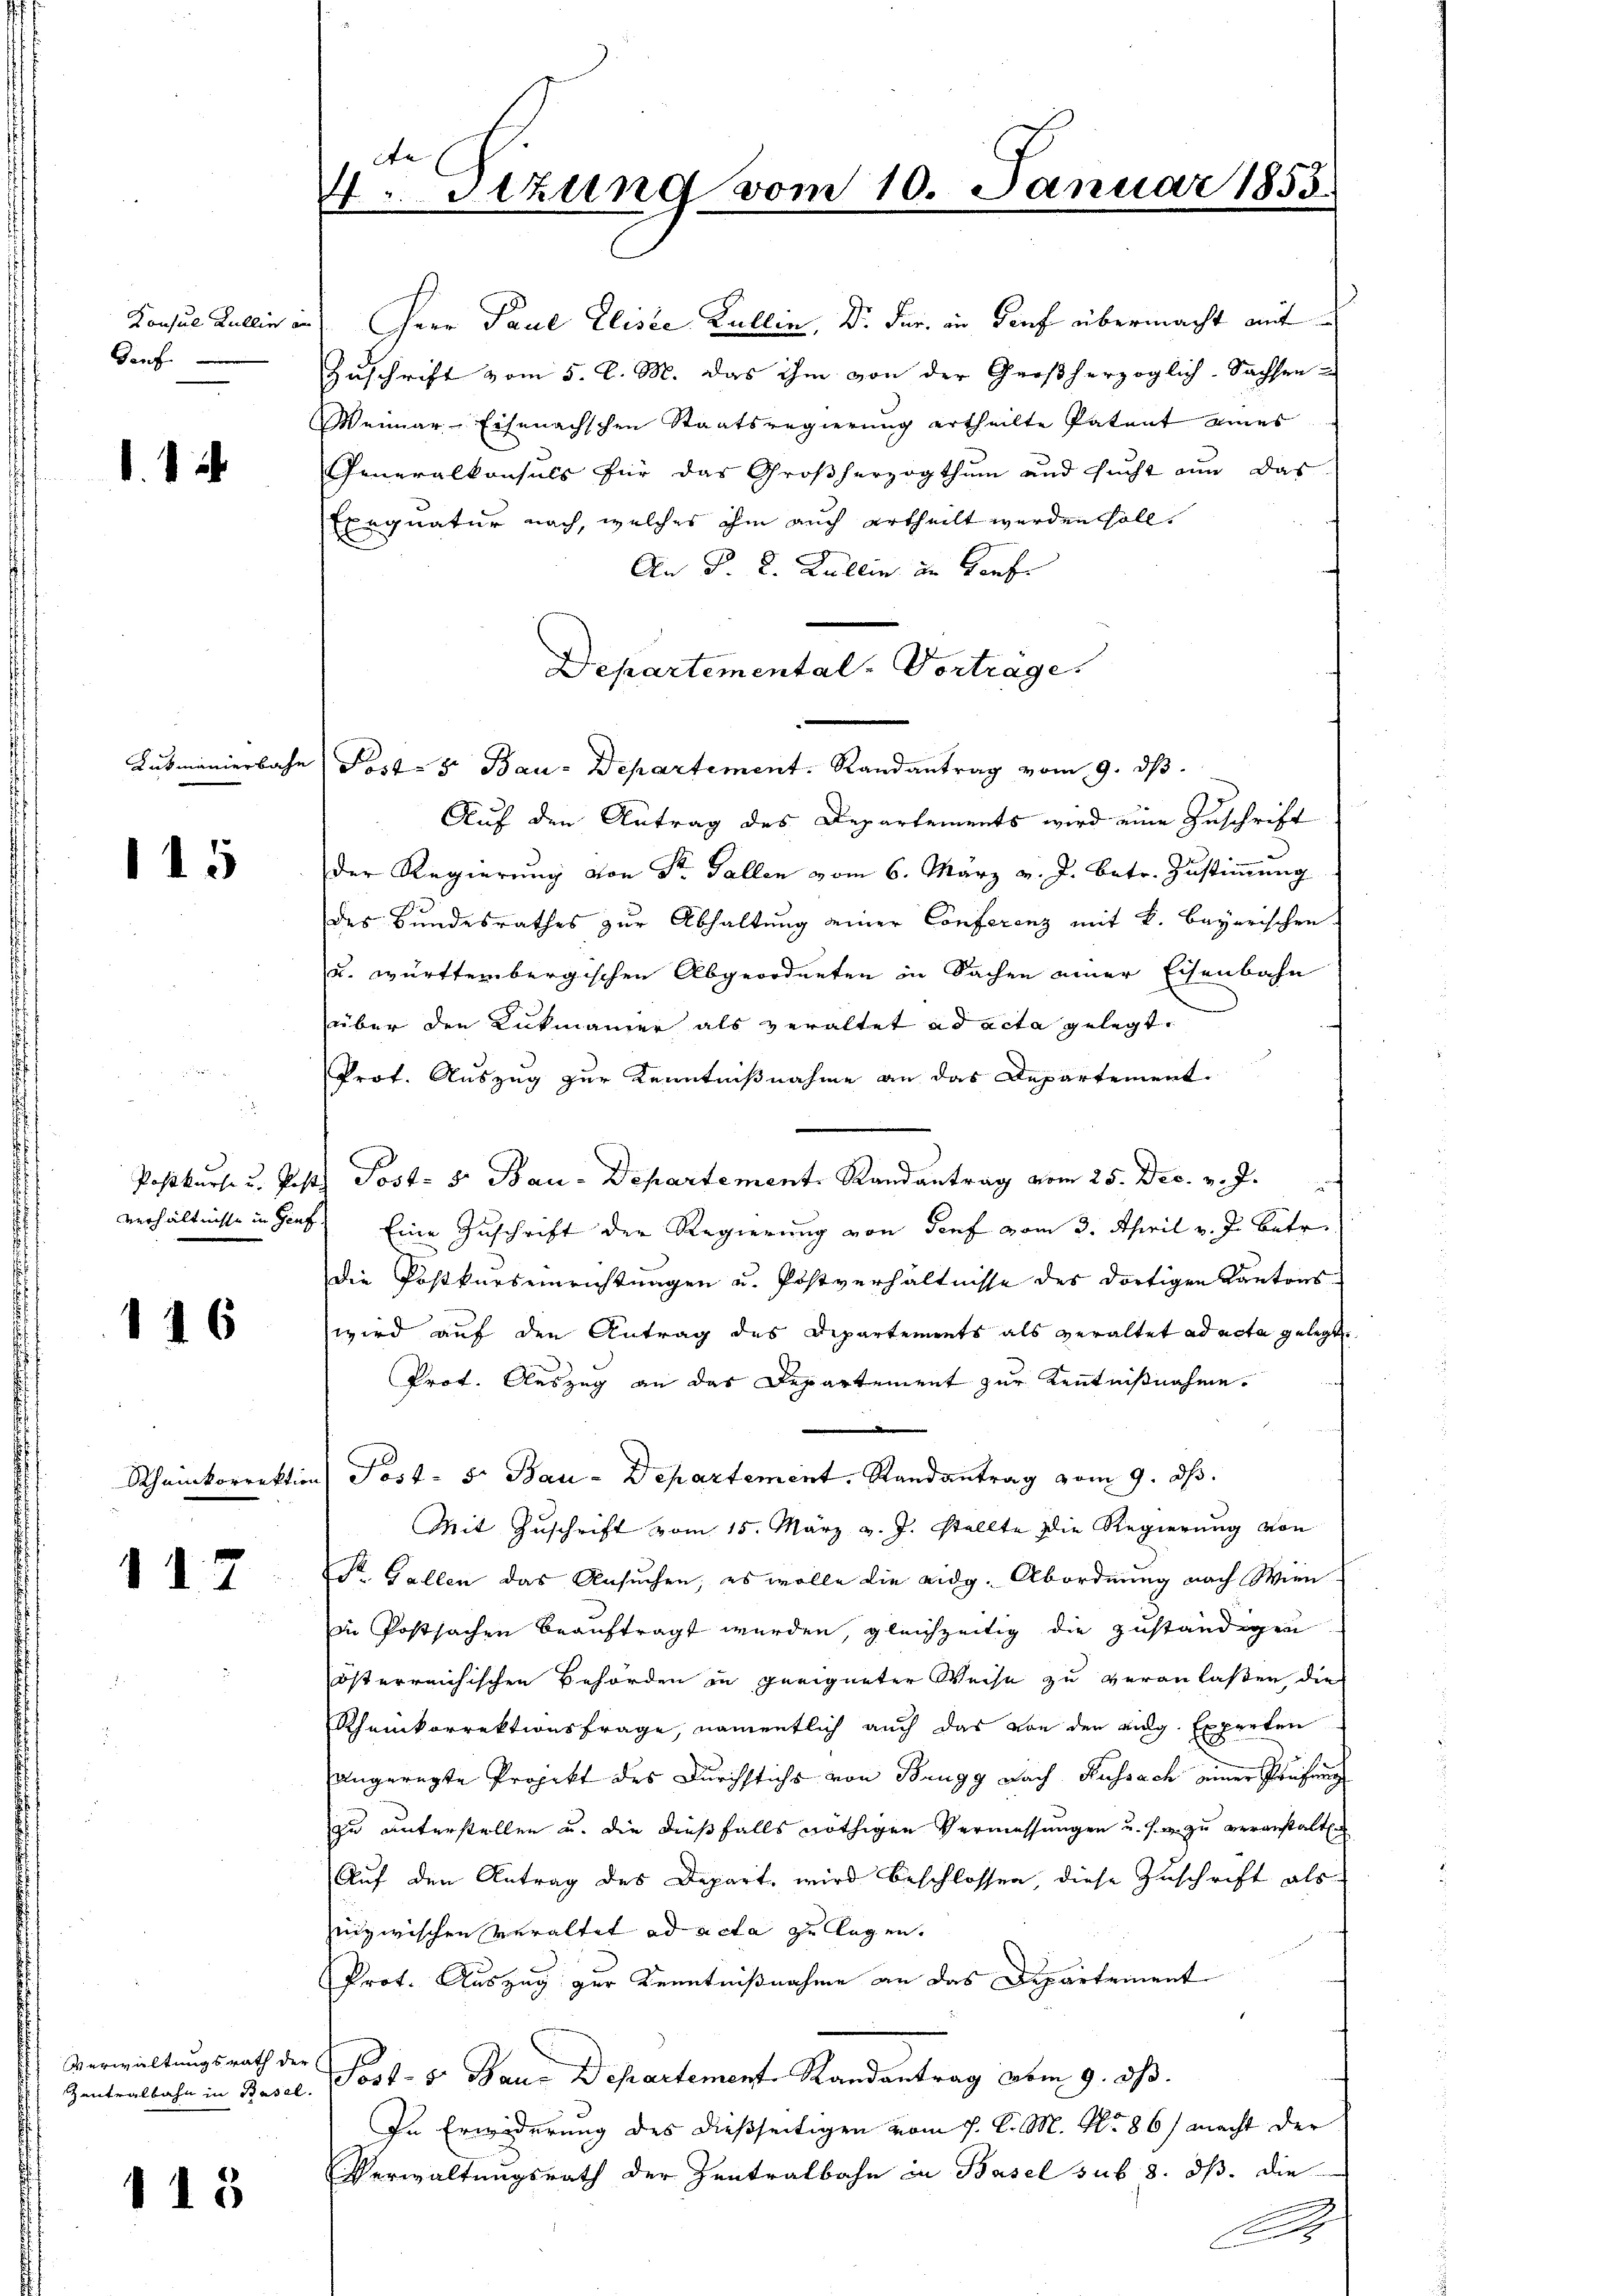
dauf

1

115

116

Rheinkorrektion

112

Verwaltungsrath der

113

4.Stzung vom 10. Januar 1855.

Konsul Kallie in Herr Paul Elisée Kullin, Dr. Jur. in Genf übermacht mit
Zuschrift vom 5. d. M. das ihm von der Großherzoglich-Sachsen u
Weimar-Eisenachschen Staatsregierung ertheilte Patent eines
Generalkonsuls für das Großherzogthum und sucht nun das
Exequatur nach, welches ihm auch ertheilt werden soll.
An §. 2. Kullin in Konf
Departemental-Vortrage
Lukmanierbahn Post- & Bau-Departement. Randantrag vom 9. dβ.
Auf den Antrag des Departements wird eine Zuschrift
Der Regierung von Sr. Gallen vom 6. März v. J. betr. Zustimmung
des Bundesrathes zur Abhaltung seiner Conferenz mit k. bayerischen.
u. württembergischen Abgeordneten in Sachen einer Eisenbahn
über den Lukmanier als veraltet ad acta gelegt.
Prof. Auszug zur Kenntnißnahme an das Departement.
Postkurs u. Poste Post- u Bau-Departement. Randantrag vom 25. Dec. v. J.
verhältnisse in Genf, Eine Zuschrift der Regierung von Torf vom 3. April v. J. betr
Die Postkurseinrichtŭngen u. Postverhältnisse des dortigen Kantons-
wird auf den Antrag des Departements als veraltet ad acta gelegt
Prot. Auszug an das Departement zur Kenntnißnahme.
 Part. 5. Bau-Departement. Randantrag vom 9. ds.
Mit Zuschrift vom 15. März v. J. stellte die Regierung von
P. Gallen das Ansuchen, es wolle die eidg. Abordnung nach Wien
in Postsachen beauftragt werden, gleichzeitig die zuständigen
österreichischen Behörden in geeigneter Weise zu veranlaßen, die
Rheinkorrektionsfrage, namentlich auch das von der eidg. Experten
angeregte Projekt des Durchstichs von Brugg nach Russach einer Prüfung
zu unterstellen u. die dießfalls nöthigen Vermessungen u. s. w. zu veranstalten
Auf den Antrag des Depart, wird beschlossen, diese Zuschrift als
zuizwischen Veraltet ad acta zu legen.
Prot. Auszug zur Kenntnißnahme an das Departement
Zentralbahn in Basel. Post- 5. Baue Departement-Randantrag vom 9. dß.
In Erwiderung des dießseitigen vom 7. d. M. No. 86) macht der
Verwaltungsrath der Zentralbahn in Basel sub 8. ds. die
D